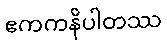
ဧကကနိပါတဿ